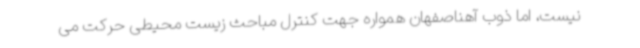
نیست، اما ذوب آهناصفهان همواره جهت کنترل مباحث زیست محیطی حرکت می